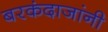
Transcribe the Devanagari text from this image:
बरकंदाजांनी